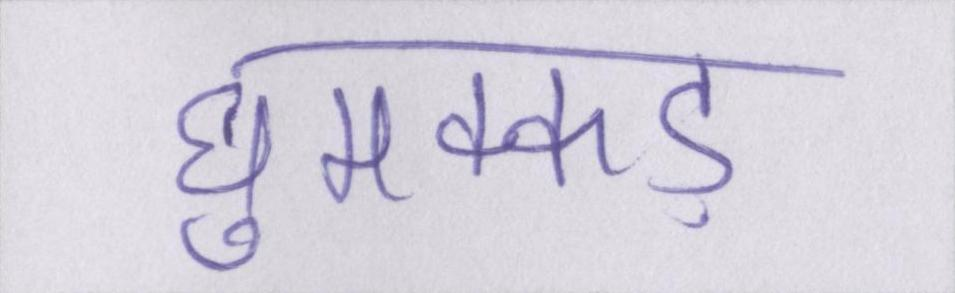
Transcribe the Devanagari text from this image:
घुमक्कड़